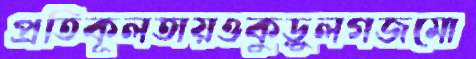
প্রতিকূলতায়ওকুড়ুলগজমো